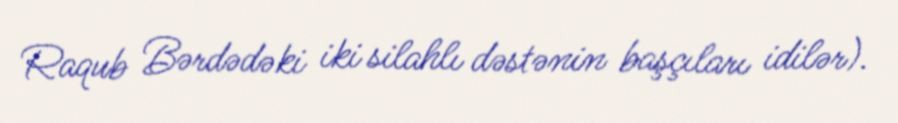
Raqub Bərdədəki iki silahlı dəstənin başçıları idilər).